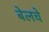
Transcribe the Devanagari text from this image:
बेलचे